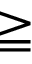
\geqq